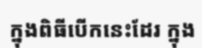
ក្នុងពិធីបើកនេះដែរ ក្នុង